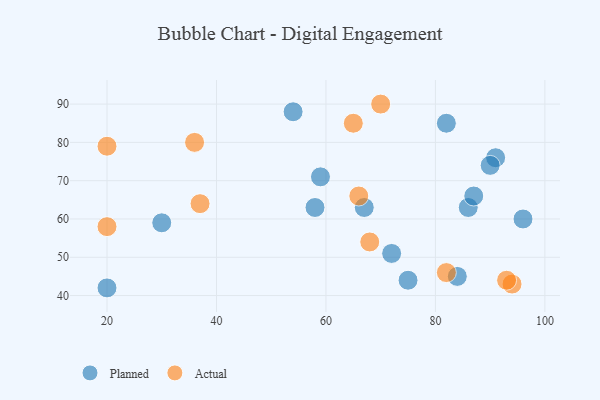
{"axis": {"x": "GDP", "y": "Life Expectancy"}, "legend": ["Actual", "Planned"], "data": [{"x": "91", "y": 76, "type": "Planned"}, {"x": "86", "y": 63, "type": "Planned"}, {"x": "58", "y": 63, "type": "Planned"}, {"x": "20", "y": 42, "type": "Planned"}, {"x": "59", "y": 71, "type": "Planned"}, {"x": "82", "y": 85, "type": "Planned"}, {"x": "72", "y": 51, "type": "Planned"}, {"x": "67", "y": 63, "type": "Planned"}, {"x": "87", "y": 66, "type": "Planned"}, {"x": "54", "y": 88, "type": "Planned"}, {"x": "75", "y": 44, "type": "Planned"}, {"x": "96", "y": 60, "type": "Planned"}, {"x": "30", "y": 59, "type": "Planned"}, {"x": "84", "y": 45, "type": "Planned"}, {"x": "90", "y": 74, "type": "Planned"}, {"x": "68", "y": 54, "type": "Actual"}, {"x": "37", "y": 64, "type": "Actual"}, {"x": "82", "y": 46, "type": "Actual"}, {"x": "20", "y": 58, "type": "Actual"}, {"x": "36", "y": 80, "type": "Actual"}, {"x": "70", "y": 90, "type": "Actual"}, {"x": "66", "y": 66, "type": "Actual"}, {"x": "94", "y": 43, "type": "Actual"}, {"x": "65", "y": 85, "type": "Actual"}, {"x": "93", "y": 44, "type": "Actual"}, {"x": "20", "y": 79, "type": "Actual"}]}